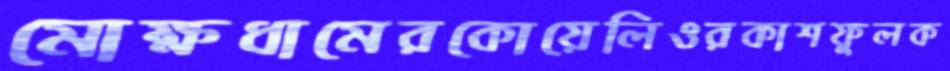
মোক্ষধামেরকোয়েলিওরকাশফুলক